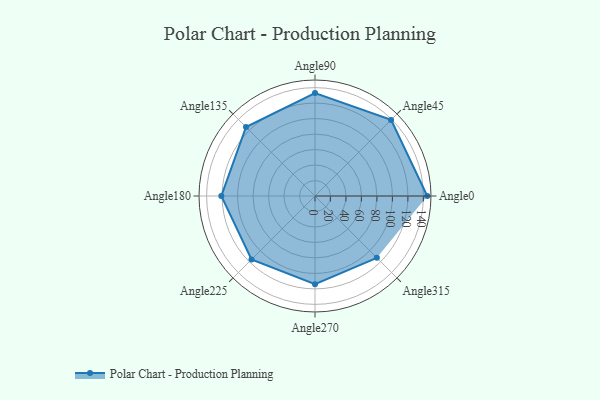
{"axis": {"x": "Angle", "y": "Radius"}, "legend": [""], "data": [{"x": "Angle0", "y": 145.0, "type": ""}, {"x": "Angle45", "y": 139.0, "type": ""}, {"x": "Angle90", "y": 133.0, "type": ""}, {"x": "Angle135", "y": 126.0, "type": ""}, {"x": "Angle180", "y": 121.0, "type": ""}, {"x": "Angle225", "y": 116.0, "type": ""}, {"x": "Angle270", "y": 114.0, "type": ""}, {"x": "Angle315", "y": 113.0, "type": ""}]}